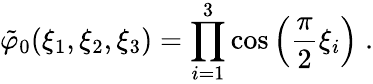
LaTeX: \tilde{\varphi}_{0}(\xi_{1},\xi_{2},\xi_{3})=\prod_{i=1}^{3}\cos\left(\frac{\pi}{2}\xi_{i}\right)\; .